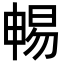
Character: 𣈱